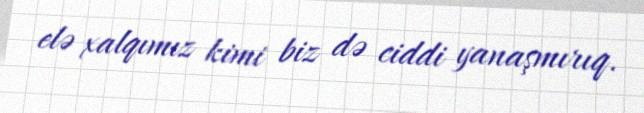
elə xalqımız kimi biz də ciddi yanaşmırıq.